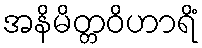
အနိမိတ္တဝိဟာရိံ